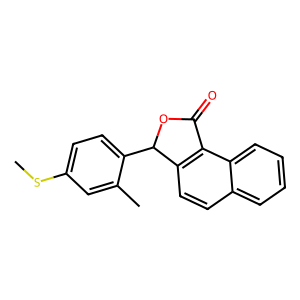
SMILES: CSc1ccc(C2OC(=O)c3c2ccc2ccccc32)c(C)c1
Inhibits HIV replication: No